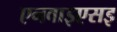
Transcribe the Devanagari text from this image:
एनवाइएसइ